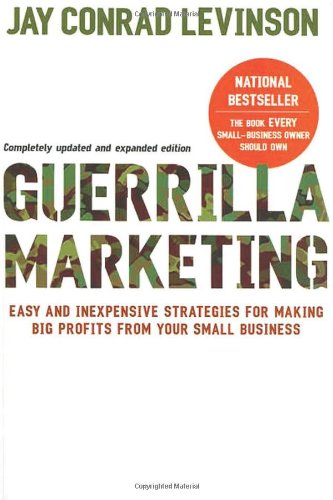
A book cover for Guerilla Marketing: Easy and Inexpensive Strategies for Making Big Profits from Your Small Business; Jay Conrad Levinson; Business & Money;